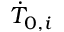
\dot { T } _ { 0 , i }